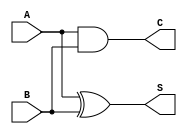
module half_adder (
    input wire A,   // First input
    input wire B,   // Second input
    output wire S,  // Sum output
    output wire C   // Carry output
);

// Sum output is A XOR B
assign S = A ^ B;

// Carry output is A AND B
assign C = A & B;

endmodule